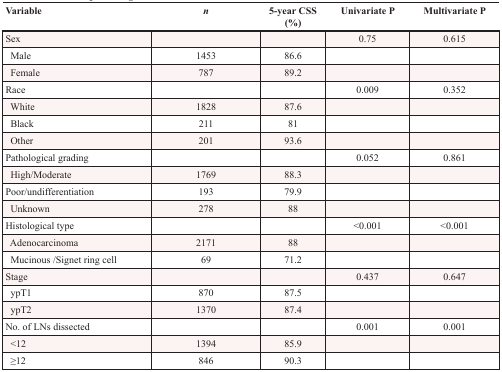
<table><thead><tr><td><b>Variable</b></td><td><b><i>n</i></b></td><td><b>5-year CSS (%)</b></td><td><b>Univariate P</b></td><td><b>Multivariate P</b></td></tr></thead><tbody><tr><td>Sex</td><td></td><td></td><td>0.75</td><td>0.615</td></tr><tr><td> Male</td><td>1453</td><td>86.6</td><td></td><td></td></tr><tr><td> Female</td><td>787</td><td>89.2</td><td></td><td></td></tr><tr><td>Race</td><td></td><td></td><td>0.009</td><td>0.352</td></tr><tr><td> White</td><td>1828</td><td>87.6</td><td></td><td></td></tr><tr><td> Black</td><td>211</td><td>81</td><td></td><td></td></tr><tr><td> Other</td><td>201</td><td>93.6</td><td></td><td></td></tr><tr><td>Pathological grading</td><td></td><td></td><td>0.052</td><td>0.861</td></tr><tr><td> High/Moderate</td><td>1769</td><td>88.3</td><td></td><td></td></tr><tr><td>Poor/undifferentiation</td><td>193</td><td>79.9</td><td></td><td></td></tr><tr><td> Unknown</td><td>278</td><td>88</td><td></td><td></td></tr><tr><td>Histological type</td><td></td><td></td><td>&lt;0.001</td><td>&lt;0.001</td></tr><tr><td> Adenocarcinoma</td><td>2171</td><td>88</td><td></td><td></td></tr><tr><td> Mucinous/Signet ring cell</td><td>69</td><td>71.2</td><td></td><td></td></tr><tr><td>Stage</td><td></td><td></td><td>0.437</td><td>0.647</td></tr><tr><td> ypT1</td><td>870</td><td>87.5</td><td></td><td></td></tr><tr><td> ypT2</td><td>1370</td><td>87.4</td><td></td><td></td></tr><tr><td>No. of LNs dissected</td><td></td><td></td><td>0.001</td><td>0.001</td></tr><tr><td> &lt;12</td><td>1394</td><td>85.9</td><td></td><td></td></tr><tr><td> ≥12</td><td>846</td><td>90.3</td><td></td><td></td></tr></tbody></table>